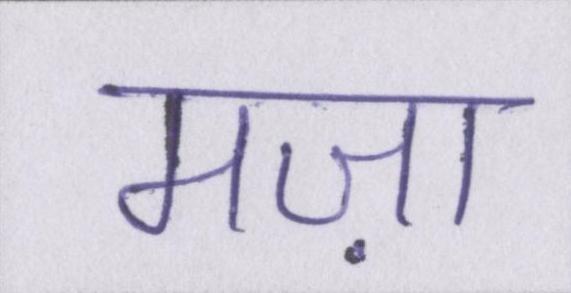
मज़ा